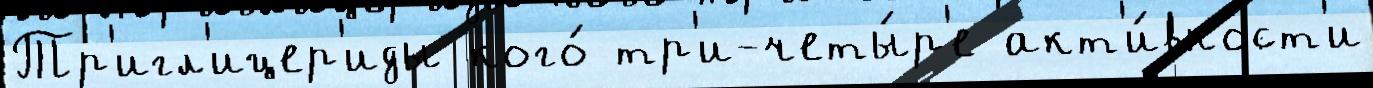
Тр'игл'ицер'иды кого́ тр'и-четы́р'е акт'и́вност'и